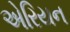
એરિયન